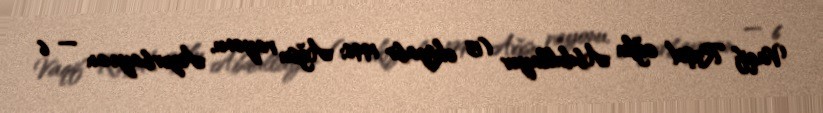
Vaqif Rəşid oğlu Abdullayev (15 oktyabr 1996; Ağsu rayonu, Azərbaycan — 6